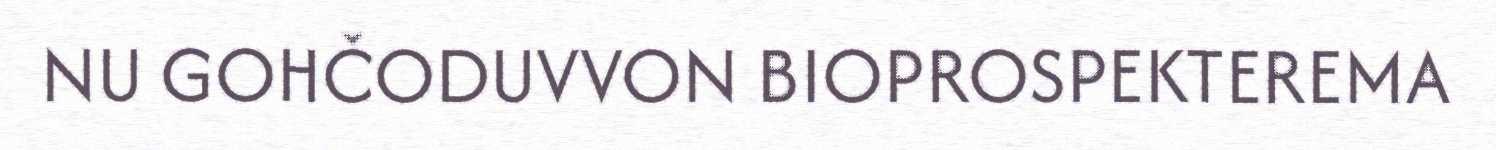
NU GOHČODUVVON BIOPROSPEKTEREMA